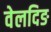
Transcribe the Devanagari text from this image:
वेलदिङ